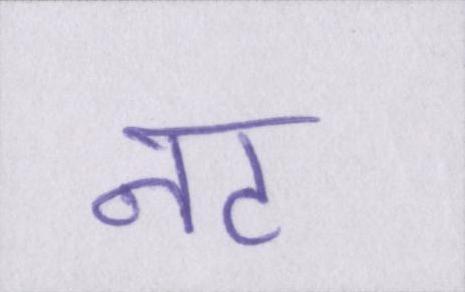
नट